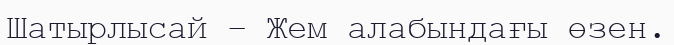
Шатырлысай – Жем алабындағы өзен.